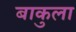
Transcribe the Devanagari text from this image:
बाकुला